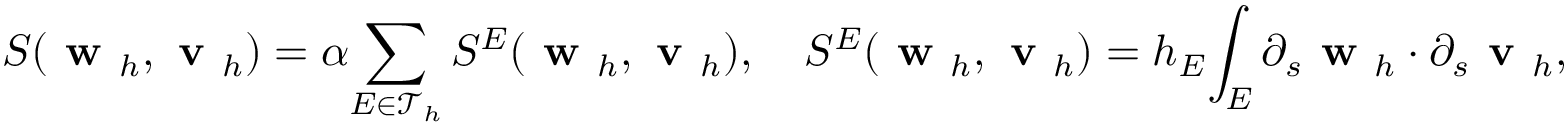
S ( \textbf { w } _ { h } , \textbf { v } _ { h } ) = \alpha \displaystyle { \sum _ { E \in \mathcal { T } _ { h } } S ^ { E } ( \textbf { w } _ { h } , \textbf { v } _ { h } ) } , \quad S ^ { E } ( \textbf { w } _ { h } , \textbf { v } _ { h } ) = h _ { E } \displaystyle { \int _ { E } \partial _ { s } \textbf { w } _ { h } \cdot \partial _ { s } \textbf { v } _ { h } } ,